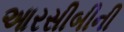
આરસીબીની